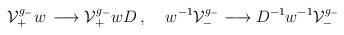
LaTeX: \begin{align*}{\cal V}^{g_-}_+w\,\longrightarrow {\cal V}_+^{g_-}w D\, ,\;\;\;\;w^{-1}{\cal V}^{g_-}_-\longrightarrow D^{-1}w^{-1}{\cal V}^{g_-}_-\,\end{align*}